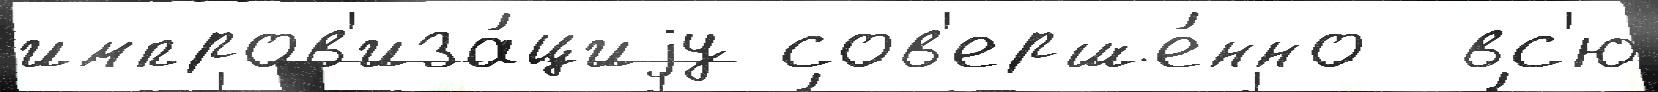
импров'иза́циjу сов'ерше́нно  вс'ю